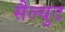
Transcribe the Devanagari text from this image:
सैल्युट